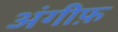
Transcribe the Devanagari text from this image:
अंगीफ़